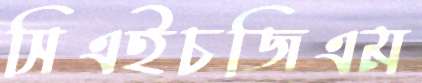
সিএইচজিএম